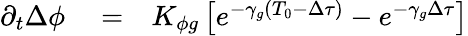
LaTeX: \begin{array}{rlr}{\partial_{t}\Delta\phi}&{{}=}&{K_{\phi g}\left[e^{-\gamma_{g}\left(T_{0}-\Delta\tau\right)}-e^{-\gamma_{g}\Delta\tau}\right]}\end{array}